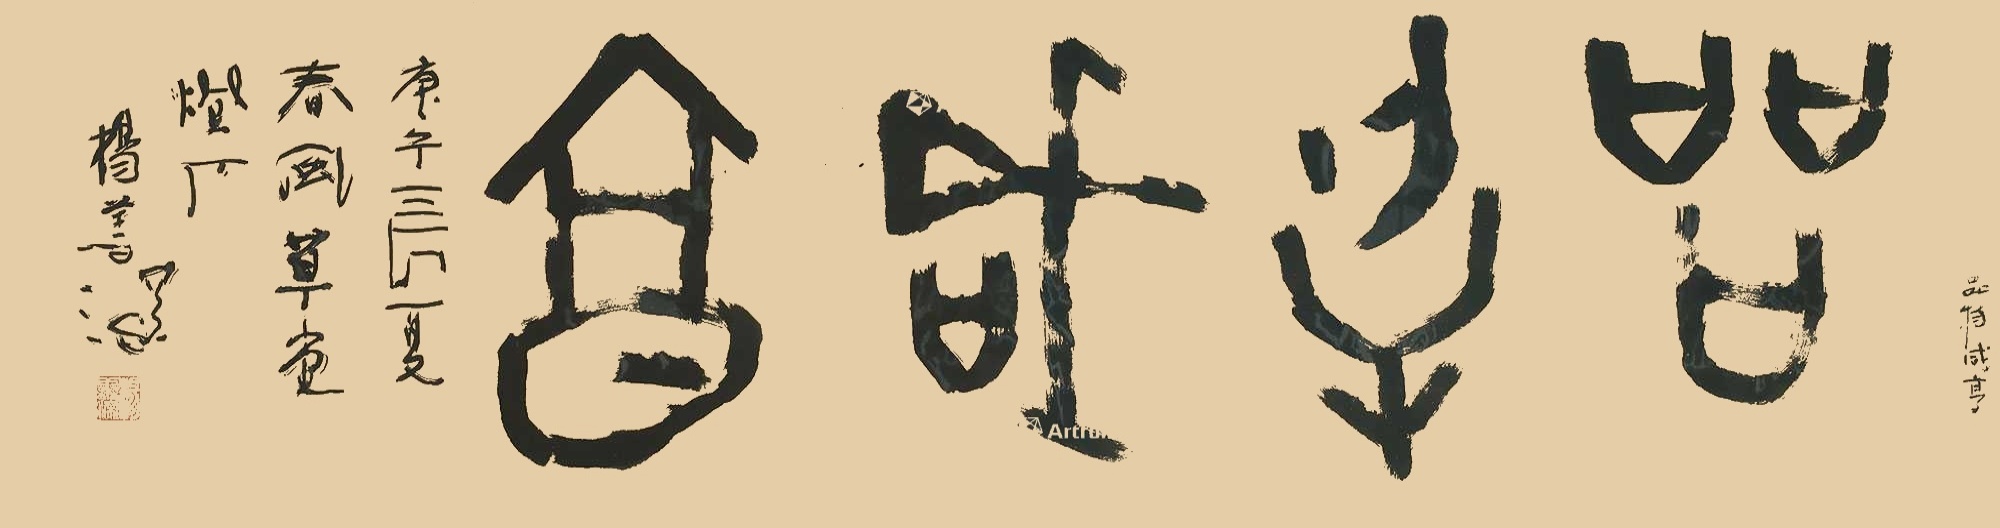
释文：品物成亨。品物成亨，庚子三O夏，春风草堂灯下，杨善深。